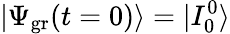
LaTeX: |\Psi_{\mathrm{gr}}(t=0)\rangle=|I_{0}^{0}\rangle